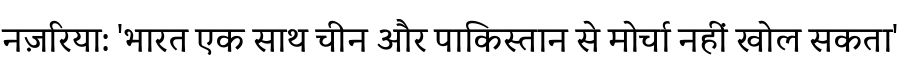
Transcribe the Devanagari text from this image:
नज़रिया: 'भारत एक साथ चीन और पाकिस्तान से मोर्चा नहीं खोल सकता'